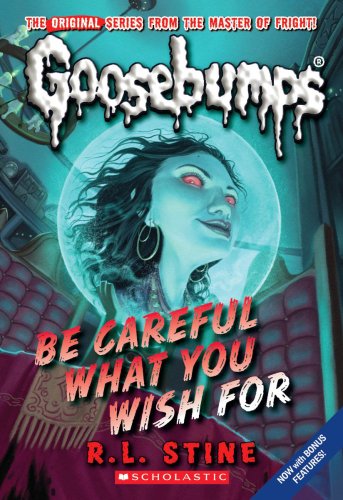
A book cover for Classic Goosebumps #7: Be Careful What You Wish For; R.L. Stine; Literature & Fiction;